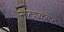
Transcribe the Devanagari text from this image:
नाट्यकलेत